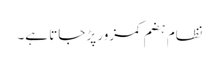
نظام ہضم کمزور پڑ جاتا ہے۔